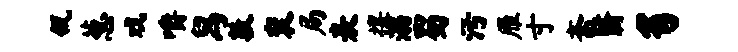
瓴葱戏嚼舄敦衮局表攘溺蜀污雁寸斋翳豸